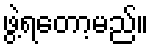
ဖွဲ့ရတော့မည်။